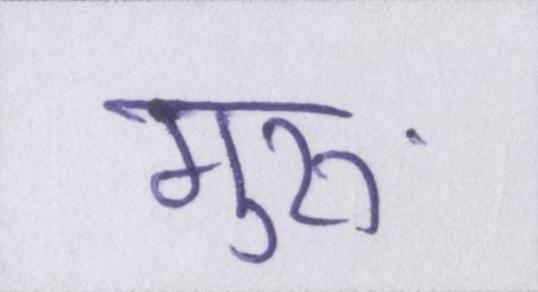
गुरुॱ